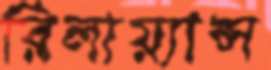
রিলায়্যান্স